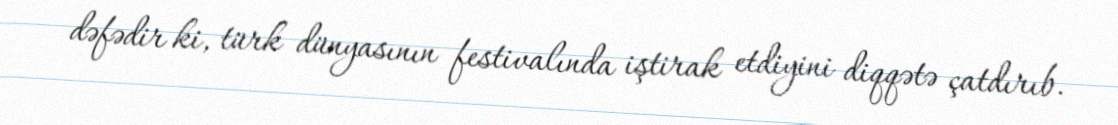
dəfədir ki, türk dünyasının festivalında iştirak etdiyini diqqətə çatdırıb.